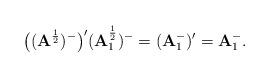
LaTeX: \begin{align*}\big( ({\bf A}^\frac{1}{2})^{-} \big)'({\bf A}_1^\frac{1}{2})^{-} = ({\bf A}_1^{-})'= {\bf A}_1^{-}.\end{align*}